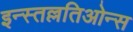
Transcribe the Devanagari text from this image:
इन्स्तल्लतिओन्स